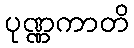
ပုဏ္ဏကာတိ